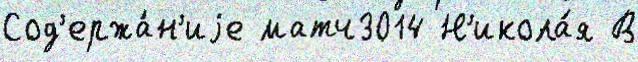
Сод'ержа́н'иjе матч3014 Н'икола́я В